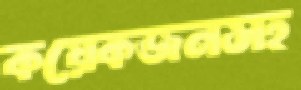
কয়েকজনসহ